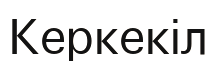
Керкекіл